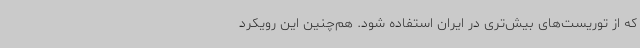
که از توریست‌های بیش‌تری در ایران استفاده شود. هم‌چنین این رویکرد